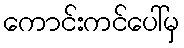
ကောင်းကင်ပေါ်မှ